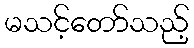
မသင့်တော်သည့်